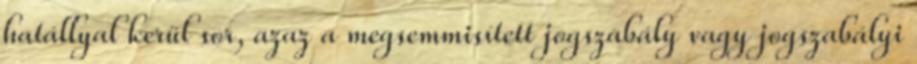
hatállyal kerül sor, azaz a megsemmisített jogszabály vagy jogszabályi